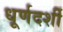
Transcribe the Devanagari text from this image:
धूर्णदर्शी